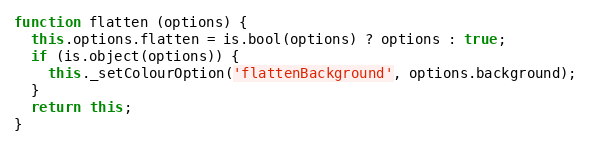
Language: JavaScript
function flatten (options) {
  this.options.flatten = is.bool(options) ? options : true;
  if (is.object(options)) {
    this._setColourOption('flattenBackground', options.background);
  }
  return this;
}